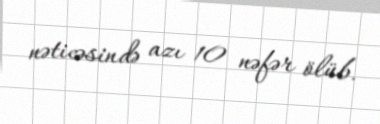
nəticəsində azı 10 nəfər ölüb.